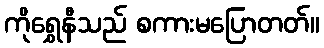
ကိုရွှေနီသည် စကားမပြောတတ်။